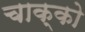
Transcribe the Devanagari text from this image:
चाक्को